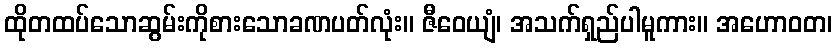
ထိုတထပ်သောဆွမ်းကိုစားသောခဏပတ်လုံး။ ဇီဝေယျံ၊ အသက်ရှည်ပါမူကား။ အဟောဝတ၊